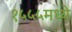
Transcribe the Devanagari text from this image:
१५५५मध्ये